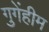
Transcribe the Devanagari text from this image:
गुगेंहीम